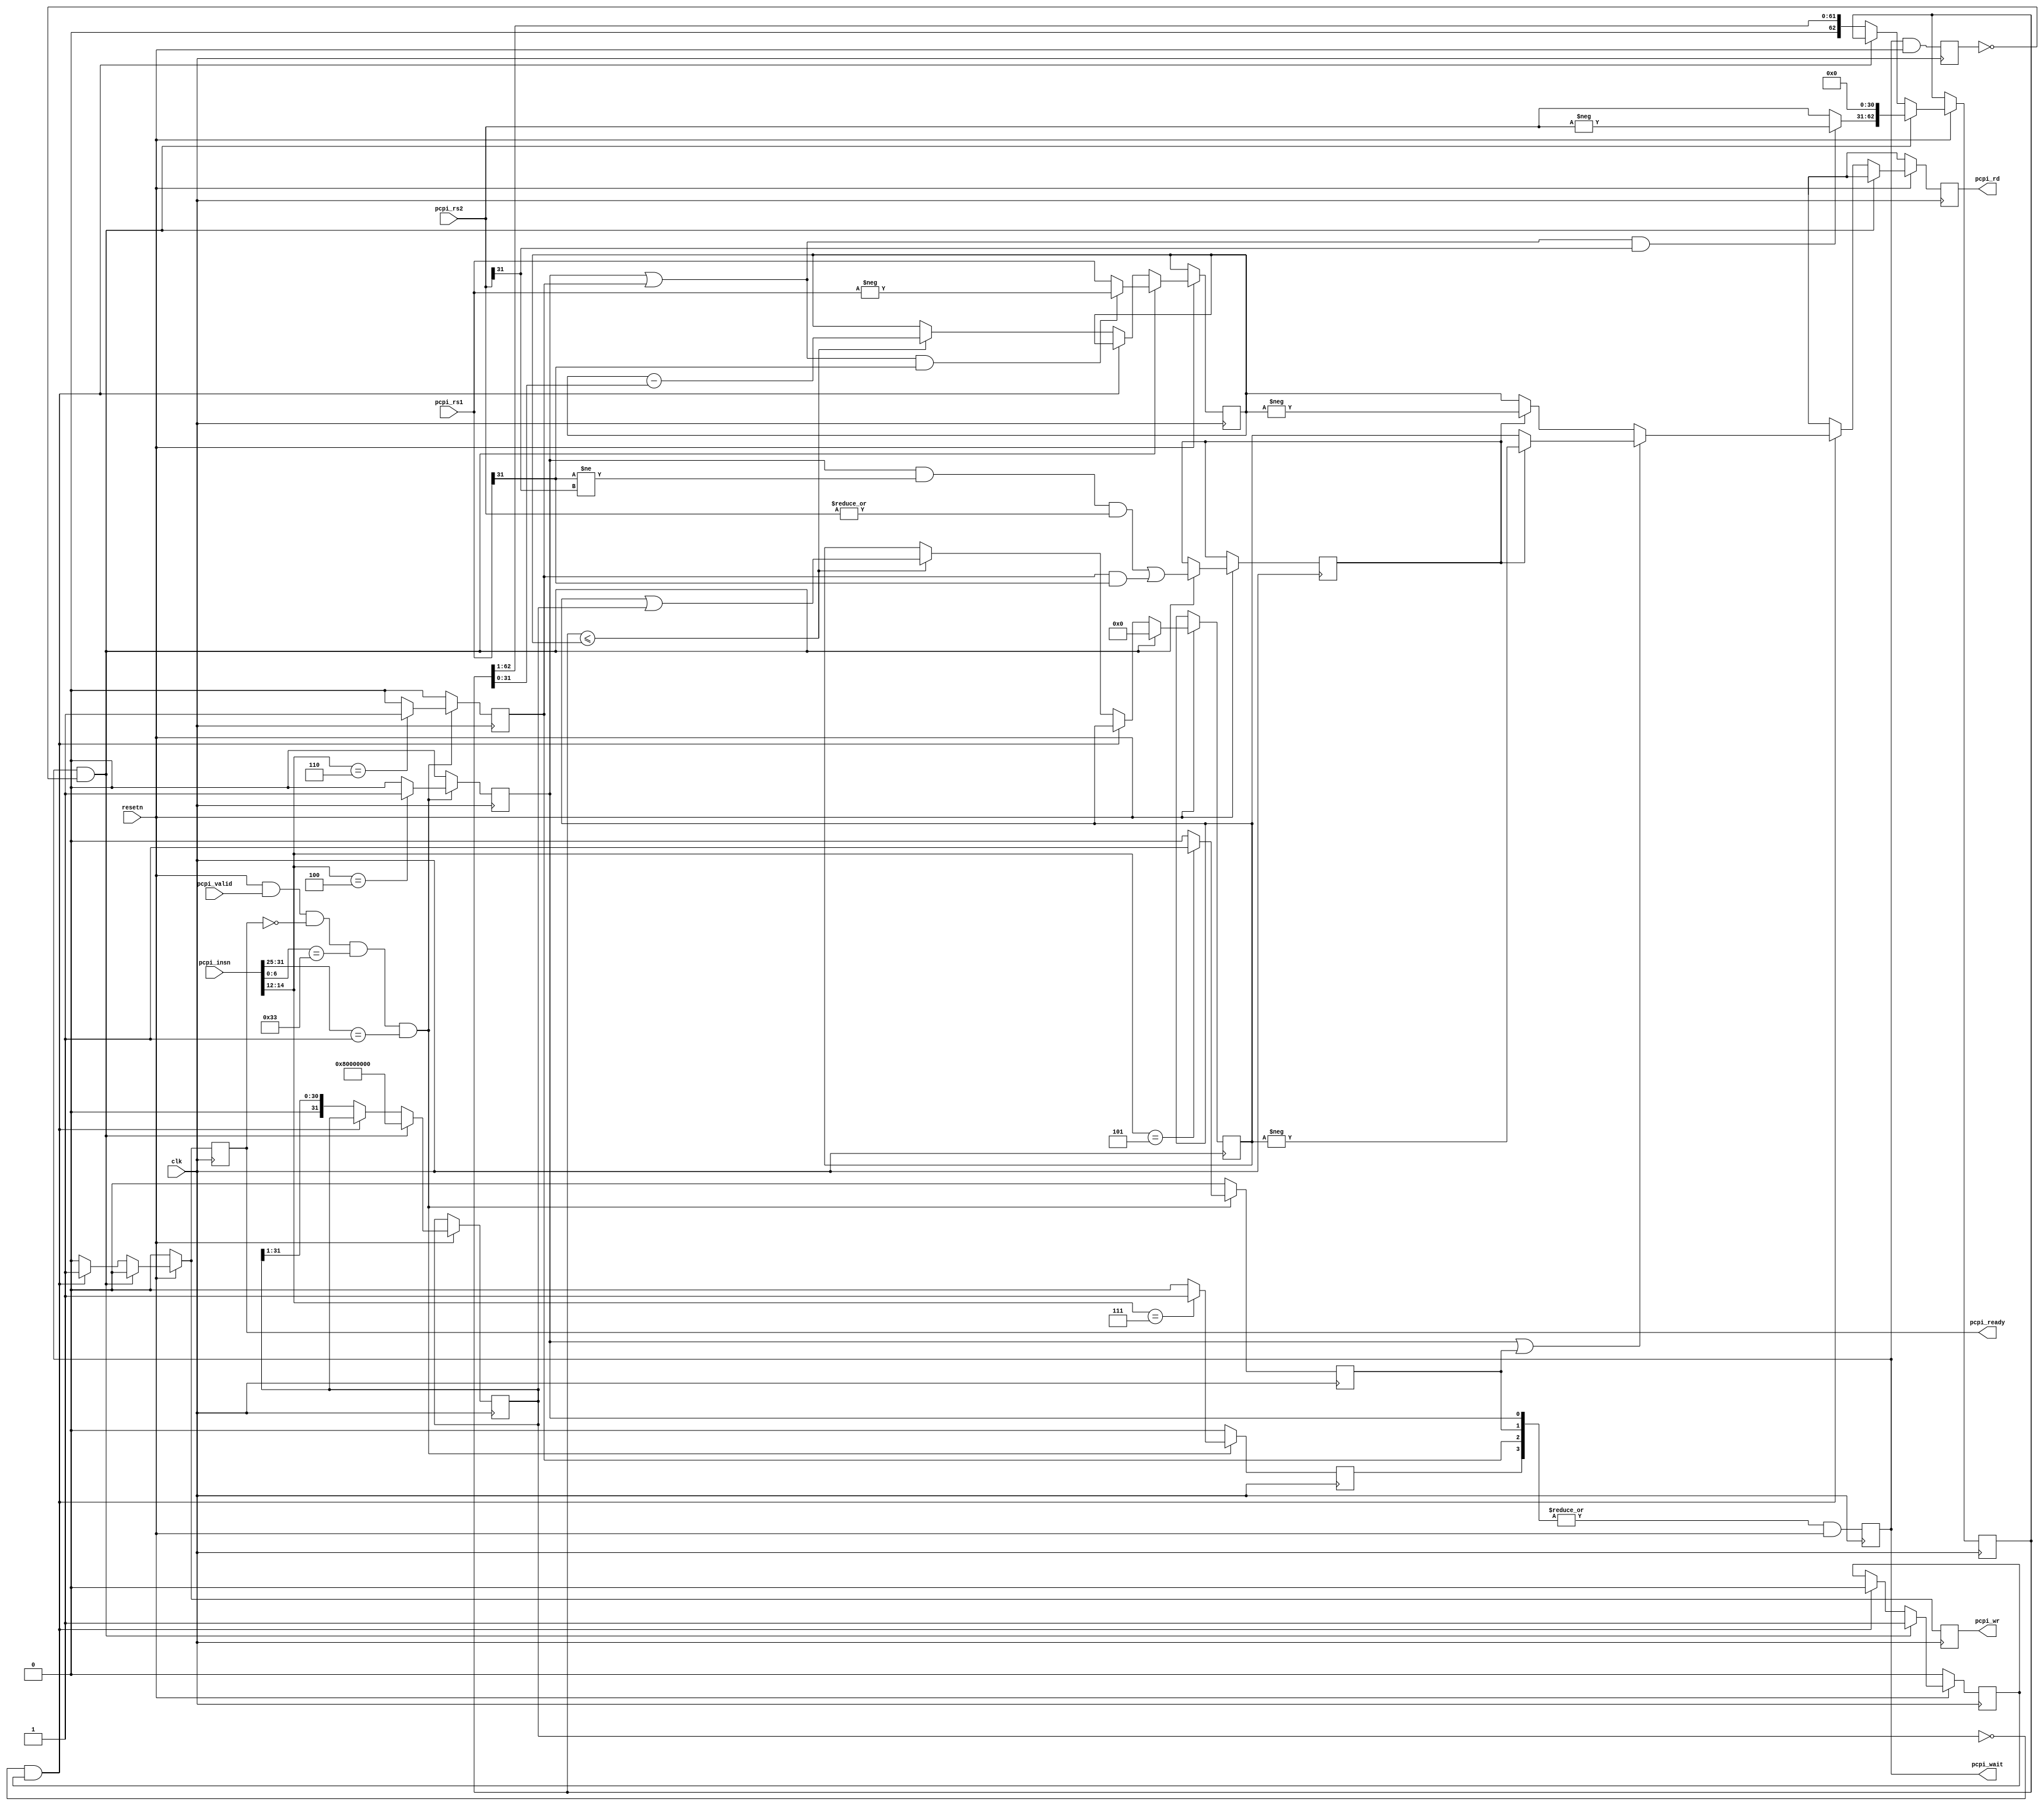
/***************************************************************
 * picorv32_pcpi_div
 ***************************************************************/

module picorv32_pcpi_div (
	input clk, 
	input resetn,

	input             pcpi_valid,
	input      [31:0] pcpi_insn,
	input      [31:0] pcpi_rs1,
	input      [31:0] pcpi_rs2,
	output reg        pcpi_wr,
	output reg [31:0] pcpi_rd,
	output reg        pcpi_wait,
	output reg        pcpi_ready
);
	reg instr_div, instr_divu, instr_rem, instr_remu;
	wire instr_any_div_rem = |{instr_div, instr_divu, instr_rem, instr_remu};

	reg pcpi_wait_q;
	wire start = pcpi_wait && !pcpi_wait_q;

	always @(posedge clk) begin
		instr_div <= 0;
		instr_divu <= 0;
		instr_rem <= 0;
		instr_remu <= 0;

		if (resetn && pcpi_valid && !pcpi_ready && pcpi_insn[6:0] == 7'b0110011 && pcpi_insn[31:25] == 7'b0000001) begin
			case (pcpi_insn[14:12])
				3'b100: instr_div <= 1;
				3'b101: instr_divu <= 1;
				3'b110: instr_rem <= 1;
				3'b111: instr_remu <= 1;
			endcase
		end

		pcpi_wait <= instr_any_div_rem && resetn;
		pcpi_wait_q <= pcpi_wait && resetn;
	end

	reg [31:0] dividend;
	reg [62:0] divisor;
	reg [31:0] quotient;
	reg [31:0] quotient_msk;
	reg running;
	reg outsign;

	always @(posedge clk) begin
		pcpi_ready <= 0;
		pcpi_wr <= 0;
		pcpi_rd <= 'bx;

		if (!resetn) begin
			running <= 0;
		end else
		if (start) begin
			running <= 1;
			dividend <= (instr_div || instr_rem) && pcpi_rs1[31] ? -pcpi_rs1 : pcpi_rs1;
			divisor <= ((instr_div || instr_rem) && pcpi_rs2[31] ? -pcpi_rs2 : pcpi_rs2) << 31;
			outsign <= (instr_div && (pcpi_rs1[31] != pcpi_rs2[31]) && |pcpi_rs2) || (instr_rem && pcpi_rs1[31]);
			quotient <= 0;
			quotient_msk <= 1 << 31;
		end else
		if (!quotient_msk && running) begin
			running <= 0;
			pcpi_ready <= 1;
			pcpi_wr <= 1;
`ifdef RISCV_FORMAL_ALTOPS
			case (1)
				instr_div:  pcpi_rd <= (pcpi_rs1 - pcpi_rs2) ^ 32'h7f8529ec;
				instr_divu: pcpi_rd <= (pcpi_rs1 - pcpi_rs2) ^ 32'h10e8fd70;
				instr_rem:  pcpi_rd <= (pcpi_rs1 - pcpi_rs2) ^ 32'h8da68fa5;
				instr_remu: pcpi_rd <= (pcpi_rs1 - pcpi_rs2) ^ 32'h3138d0e1;
			endcase
`else
			if (instr_div || instr_divu)
				pcpi_rd <= outsign ? -quotient : quotient;
			else
				pcpi_rd <= outsign ? -dividend : dividend;
`endif
		end else begin
			if (divisor <= dividend) begin
				dividend <= dividend - divisor;
				quotient <= quotient | quotient_msk;
			end
			divisor <= divisor >> 1;
`ifdef RISCV_FORMAL_ALTOPS
			quotient_msk <= quotient_msk >> 5;
`else
			quotient_msk <= quotient_msk >> 1;
`endif
		end
	end
endmodule